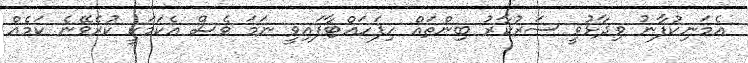
އެމަނިކުފާނު ވިދާޅުވީ ސަރުކާރު ބިންތައް ހިފަހައްޓާފައިވީ ނަމަ ވެސް އެކަމަކީ ކުރެވޭނެ ކަމެއް